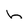
Character: h